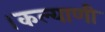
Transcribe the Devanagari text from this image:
।कल्याणी